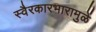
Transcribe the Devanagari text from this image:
स्वैरकारभारामुळें